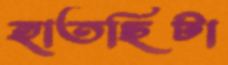
হাতছিটা